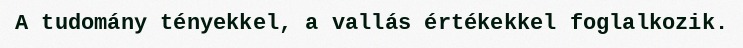
A tudomány tényekkel, a vallás értékekkel foglalkozik.